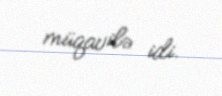
müqavilə idi.